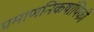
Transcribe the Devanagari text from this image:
प्रमाणनिकषांपिकी